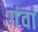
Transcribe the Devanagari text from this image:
गंवां